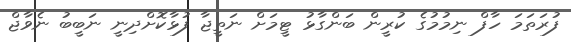
ފުރަތަމަ ހާފް ނިމުމުގެ ކުރީން ބަންގާޅު ޓީމަށް ނަތީޖާ ފުޅާކޮށްދިނީ ނަބީބު ނެވާޖް